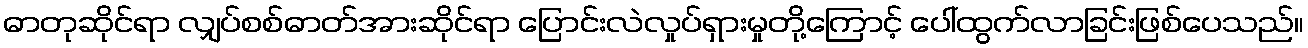
ဓာတုဆိုင်ရာ လျှပ်စစ်ဓာတ်အားဆိုင်ရာ ပြောင်းလဲလှုပ်ရှားမှုတို့ကြောင့် ပေါ်ထွက်လာခြင်းဖြစ်ပေသည်။